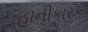
હાનીકારક